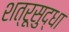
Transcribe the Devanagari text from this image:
शत्रूसुद्धा